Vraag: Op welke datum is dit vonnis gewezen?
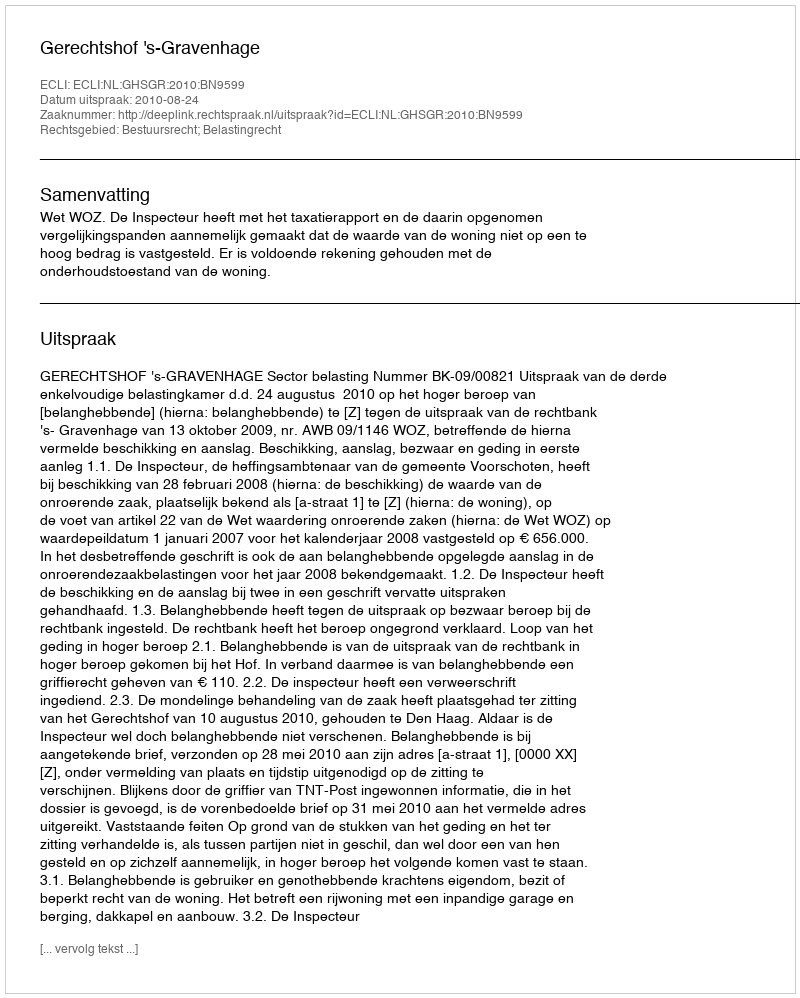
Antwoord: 2010-08-24